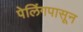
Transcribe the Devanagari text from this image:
पेलिंगपासून